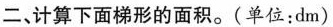
二、计算下面梯形的面积。(单位:dm)